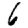
Digit: 6